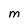
Character: M